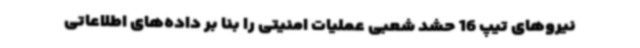
نیروهای تیپ 16 حشد شعبی عملیات امنیتی را بنا بر داده‌های اطلاعاتی